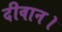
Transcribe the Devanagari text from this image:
दीवान।